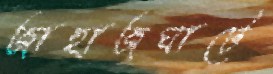
জাহাজঘাটে